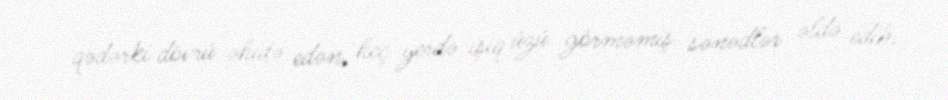
qədərki dövrü əhatə edən, heç yerdə işıq üzü görməmiş sənədlər əldə edib.